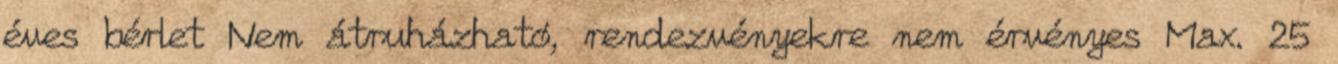
éves bérlet Nem átruházható, rendezvényekre nem érvényes Max. 25